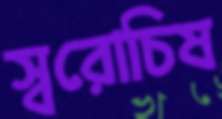
স্বরোচিষ